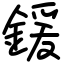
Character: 鍰